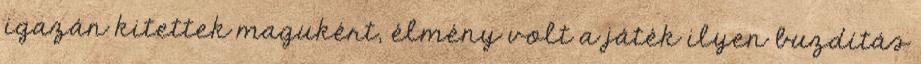
igazán kitettek magukért, élmény volt a játék ilyen buzdítás